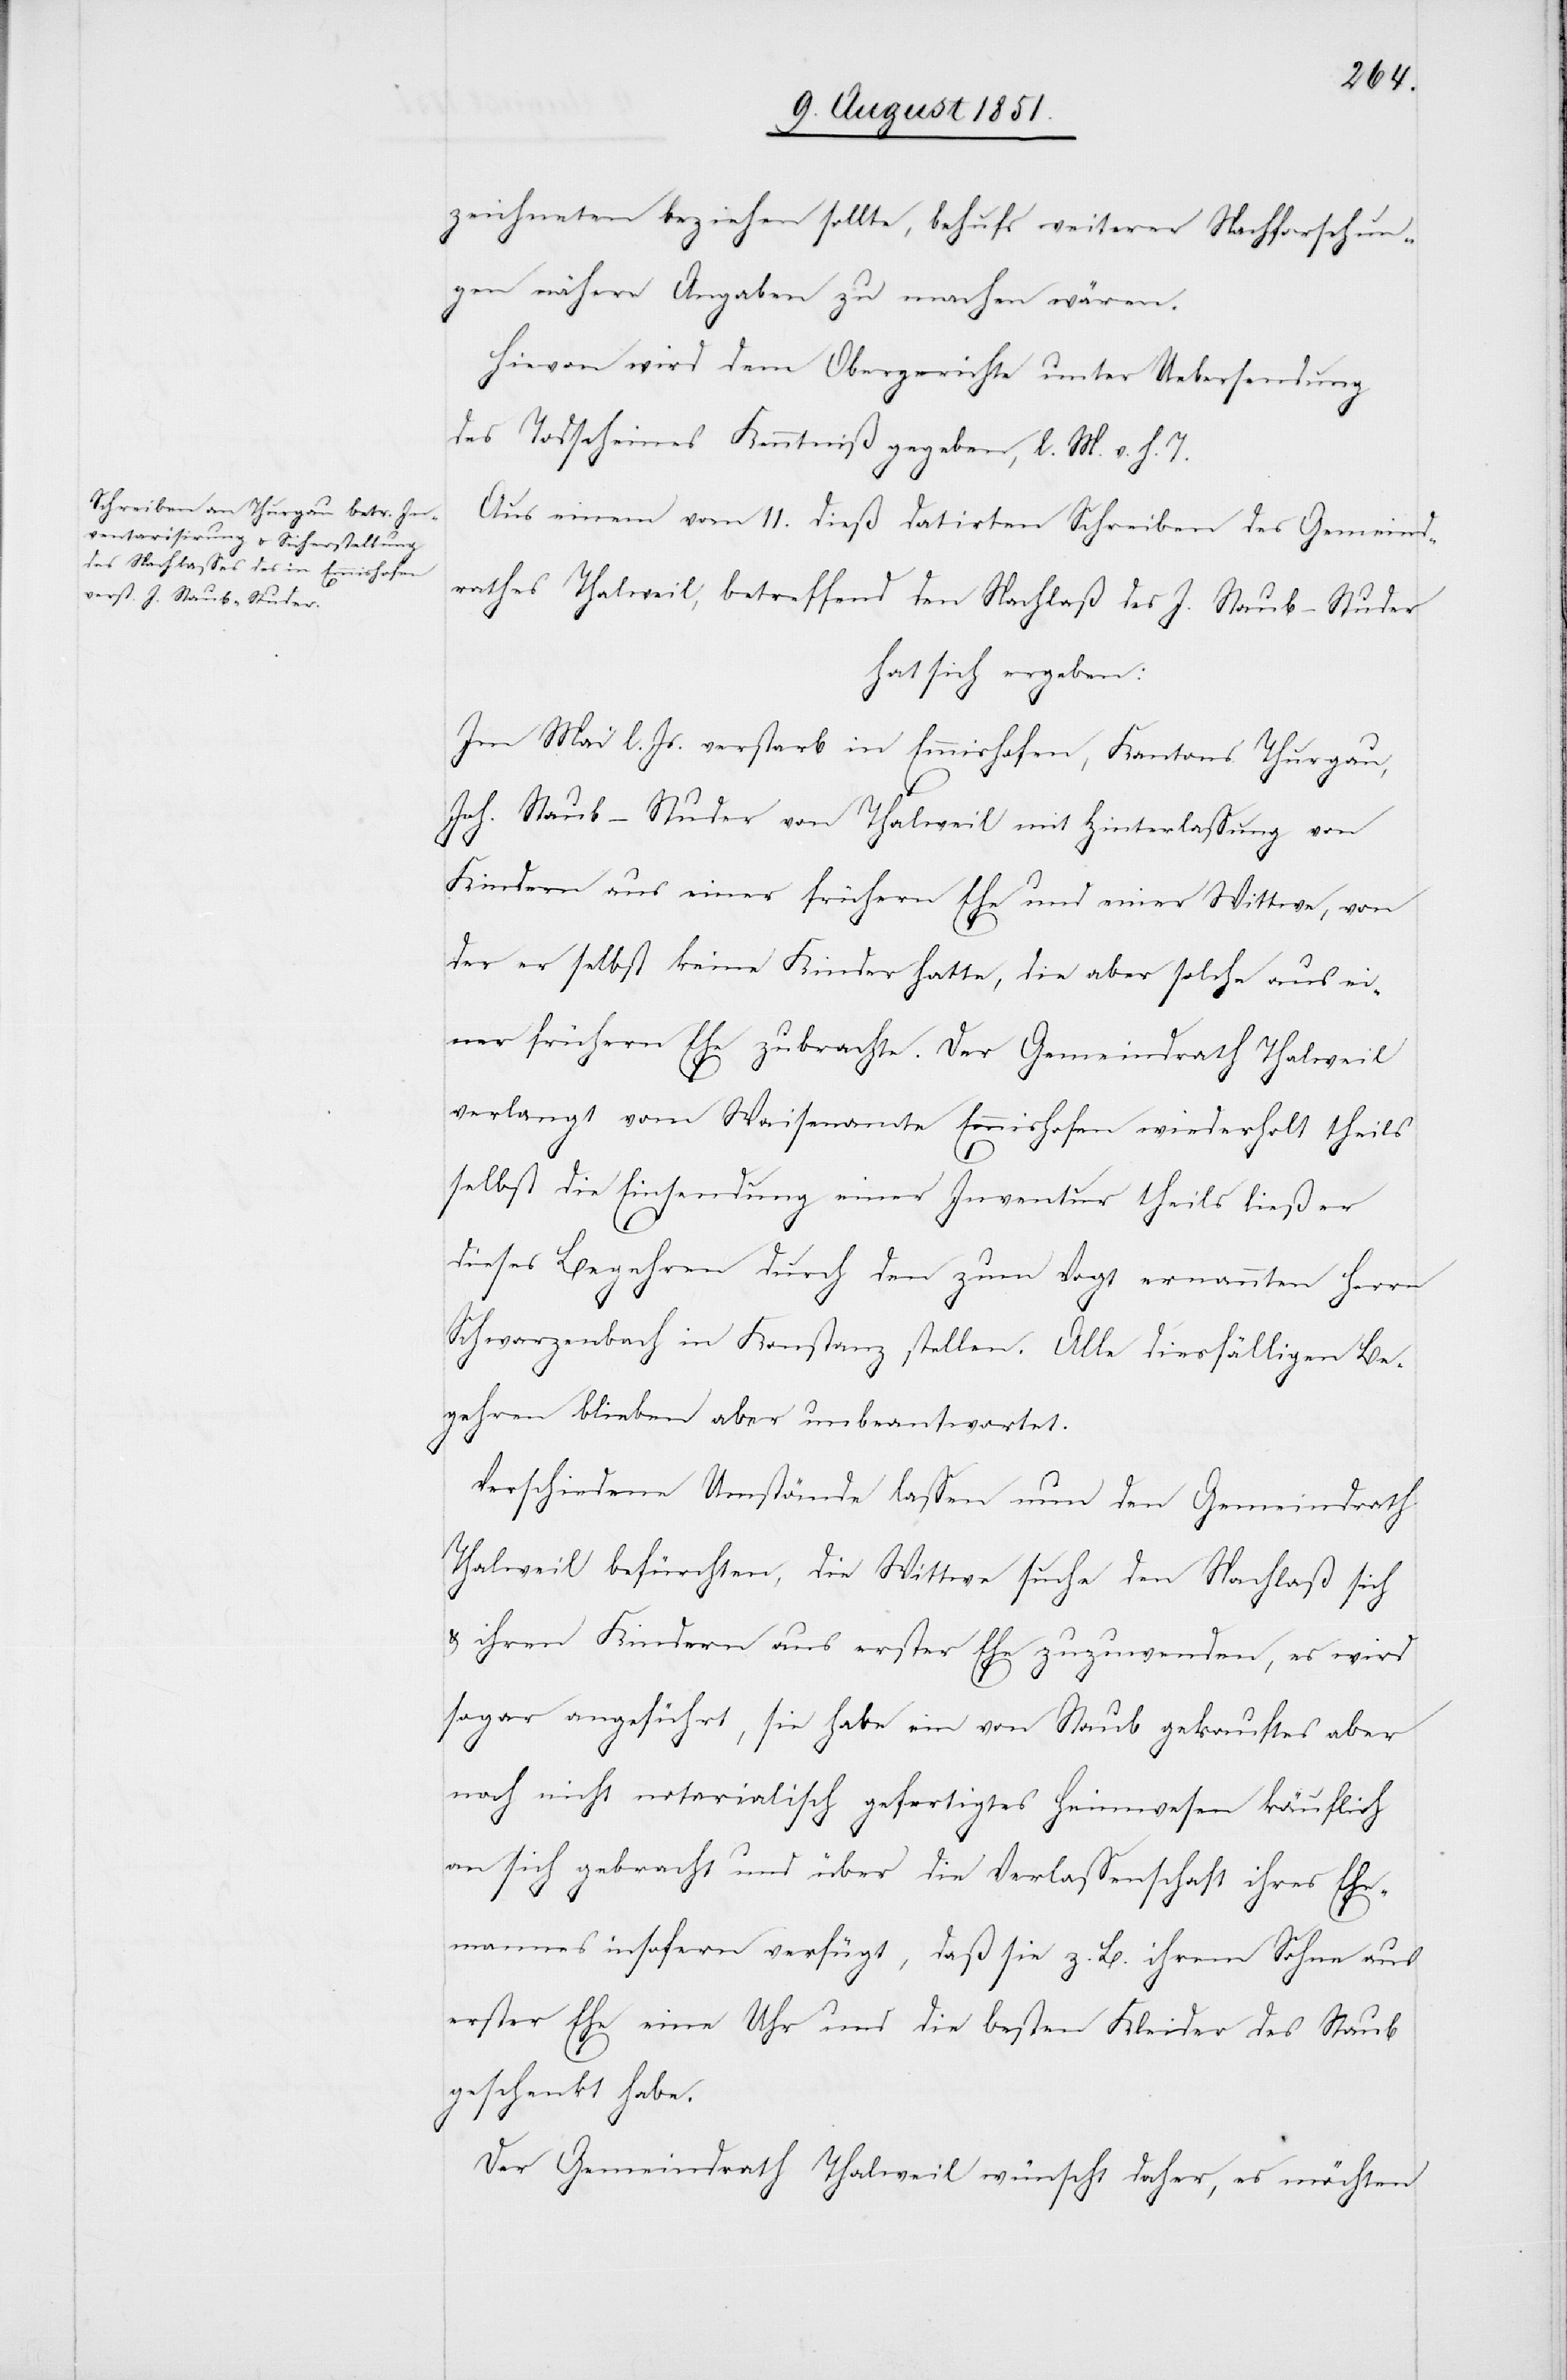
zeichneten beziehen sollte, behufs weiterer Nachforschun¬
gen nähere Angaben zu machen wären.
Hievon wird dem Obergerichte unter Uebersendung
des Todscheines Kenntniß gegeben, l. M. v. h. T.
Aus einem vom 11. dieß datirten Schreiben des Gemeind¬
rathes Thalweil, betreffend den Nachlaß des J. Staub-Studer
hat sich ergeben:
Im Mai l. Js. verstarb in Emmishofen, Kantons Thurgau,
Joh. Staub-Studer von Thalweil mit Hinterlassung von
14.
Kindern aus einer frühern Ehe und einer Wittwe, von
der er selbst keine Kinder hatte, die aber solche aus ei¬
ner frühern Ehe zubrachte. Der Gemeindrath Thalweil
verlangt[e] vom Waisenamte Emmishofen wiederholt theils
selbst die Einsendung einer Inventur theils ließ er
dieses Begehren durch den zum Vogt ernannten Herrn
Schwarzenbach in Konstanz stellen. Alle diesfälligen Be¬
gehren blieben aber unbeantwortet.
Verschiedene Umstände lassen nun den Gemeindrath
Thalweil befürchten, die Wittwe suche den Nachlaß sich
& ihren Kindern aus erster Ehe zuzuwenden, es wird
sogar angeführt, sie habe ein von Staub gekauftes aber
noch nicht notarialisch gefertigtes Heimwesen käuflich
an sich gebracht und über die Verlassenschaft ihres Ehe¬
mannes insofern verfügt, daß sie z. B. ihrem Sohne aus
erster Ehe eine Uhr und die besten Kleider des Staub
geschenkt habe.
Der Gemeindrath Thalweil wünscht daher, es möchten